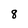
Character: 8